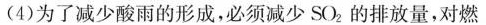
(4)为了减少酸雨的形成，必须减少SO2的排放量，对燃